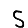
Digit: 5